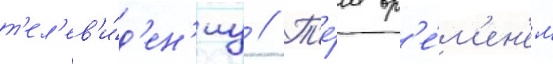
т'ел'ев'и́д'ен'иу // Т'е́м вр'е́м'ен'ем